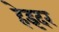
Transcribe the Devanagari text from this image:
हेइदर